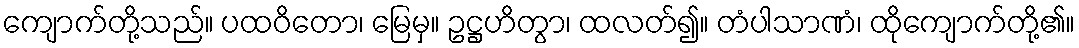
ကျောက်တို့သည်။ ပထဝိတော၊ မြေမှ။ ဥဋ္ဌဟိတွာ၊ ထလတ်၍။ တံပါသာဏံ၊ ထိုကျောက်တို့၏။